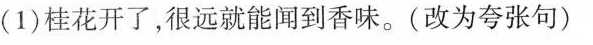
(1)桂花开了，很远就能闻到香味。(改为夸张句)